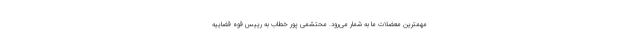
مهمترین معضلات ما به شمار می‌رود. محتشمی پور خطاب به رییس قوه قضاییه